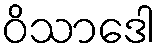
ဝိသာဒေါ